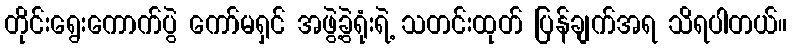
တိုင်းရွေးကောက်ပွဲ ကော်မရှင် အဖွဲ့ခွဲရုံးရဲ့ သတင်းထုတ် ပြန်ချက်အရ သိရပါတယ်။